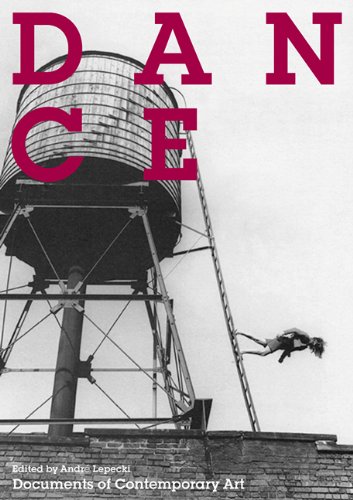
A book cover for Dance (Whitechapel: Documents of Contemporary Art); Arts & Photography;